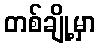
တစ်ချို့မှာ